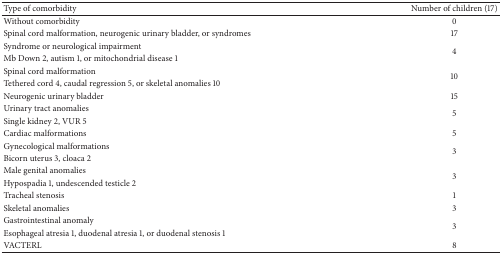
| Type of comorbidity | Number of children (17) |
 | --- | --- |
 | Without comorbidity | 0 |
 | Spinal cord malformation, neurogenic urinary bladder, or syndromes | 17 |
 | Syndrome or neurological impairment | <ROWSPAN=2> 4 |
 | Mb Down 2, autism 1, or mitochondrial disease 1 |
 | Spinal cord malformation | <ROWSPAN=2> 10 |
 | Tethered cord 4, caudal regression 5, or skeletal anomalies 10 |
 | Neurogenic urinary bladder | 15 |
 | Urinary tract anomalies | <ROWSPAN=2> 5 |
 | Single kidney 2, VUR 5 |
 | Cardiac malformations | 5 |
 | Gynecological malformations | <ROWSPAN=2> 3 |
 | Bicorn uterus 3, cloaca 2 |
 | Male genital anomalies | <ROWSPAN=2> 3 |
 | Hypospadia 1, undescended testicle 2 |
 | Tracheal stenosis | 1 |
 | Skeletal anomalies | 3 |
 | Gastrointestinal anomaly | <ROWSPAN=2> 3 |
 | Esophageal atresia 1, duodenal atresia 1, or duodenal stenosis 1 |
 | VACTERL | 8 |